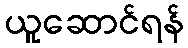
ယူဆောင်ရန်